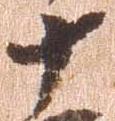
十